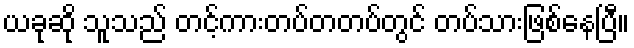
ယခုဆို သူသည် တင့်ကားတပ်တတပ်တွင် တပ်သားဖြစ်နေပြီ။